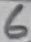
Text: 6